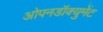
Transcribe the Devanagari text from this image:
ओपनडॉक्युमेंट